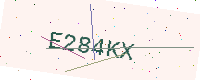
Text: E284KX